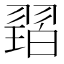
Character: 𱻠